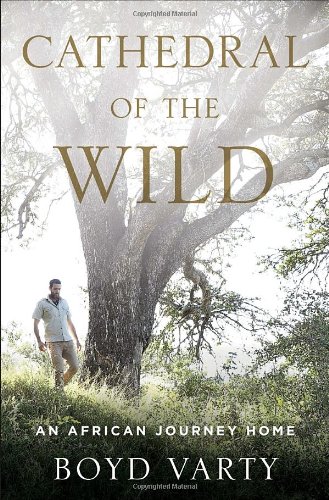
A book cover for Cathedral of the Wild: An African Journey Home; Boyd Varty; Biographies & Memoirs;